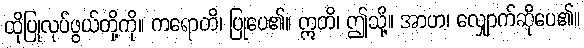
ထိုပြုလုပ်ဖွယ်တို့ကို။ ကရောတိ၊ ပြုပေ၏။ ဣတိ၊ ဤသို့။ အာဟ၊ လျှောက်ဆိုပေ၏။